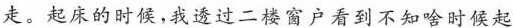
走。起床的时候，我透过二楼窗户看到不知啥时候起